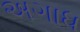
અગાધ